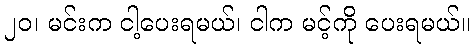
၂၀၊ မင်းက ငါ့ပေးရမယ်၊ ငါက မင့်ကို ပေးရမယ်။